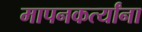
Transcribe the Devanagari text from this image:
मापनकर्त्यांना